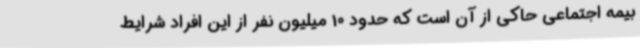
بیمه اجتماعی حاکی از آن است که حدود 10 میلیون نفر از این افراد شرایط